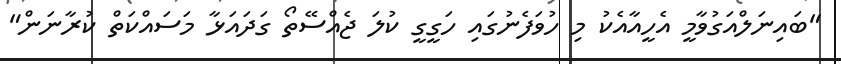
"ބައިނަލްއަގުވާމީ އެހީއާއެކު މި ހުވަފެނުގައި ހަގީގީ ކުލަ ޖެއްސޭތޯ ގަދައަޅާ މަސައްކަތް ކުރާނަން"